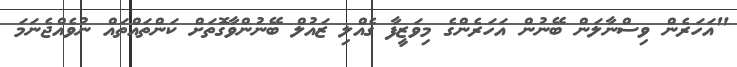
"އަހަރެން ވިސްނާލަން ބޭނުން އަހަރެންގެ މިވަޒީފާ ގެއްލި ޒައުލް ބޭނުންވާގޮތަށް ކަންތައްތައް ނުވެއްޖެނަމަ